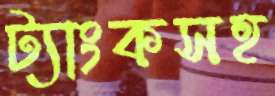
ট্যাংকসহ